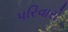
પરિવારો